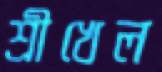
শ্রীখেল